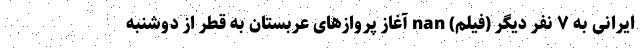
ایرانی به ۷ نفر دیگر (فیلم) nan آغاز پروازهای عربستان به قطر از دوشنبه